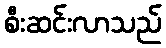
စီးဆင်းလာသည်